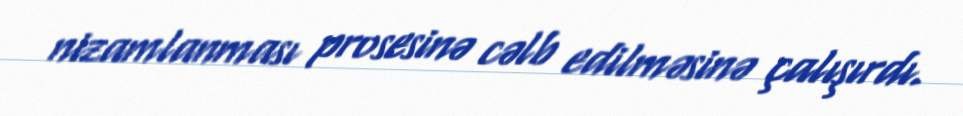
nizamlanması prosesinə cəlb edilməsinə çalışırdı.